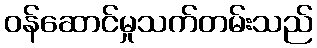
ဝန်ဆောင်မှုသက်တမ်းသည်